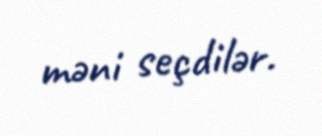
məni seçdilər.